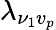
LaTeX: \lambda_{\nu_{1}v_{p}}